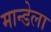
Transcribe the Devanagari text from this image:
मान्डेला